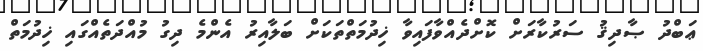
ޢަބްދު ޞާދިޤު ސަރުކާރަށް ކޮށްދެއްވާފައިވާ ޚިދުމަތްތަކަށް ބަލާއިރު އެންމެ ދިގު މުއްދަތެއްގައި ޚިދުމަތް